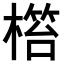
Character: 𣘜